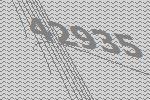
42935